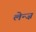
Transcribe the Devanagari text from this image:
लेन्ज़